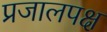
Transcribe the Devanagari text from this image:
प्रजालपक्ष